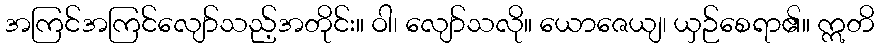
အကြင်အကြင်လျော်သည့်အတိုင်း။ ဝါ၊ လျော်သလို။ ယောဇေယျ၊ ယှဉ်စေရာ၏။ ဣတိ